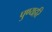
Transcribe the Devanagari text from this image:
पुण्यहरि